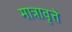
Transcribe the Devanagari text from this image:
मात्रावृत्ते